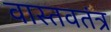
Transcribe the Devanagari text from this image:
वास्तवतंत्र